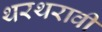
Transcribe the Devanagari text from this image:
थरथरावी